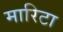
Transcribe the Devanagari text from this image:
मारिटा